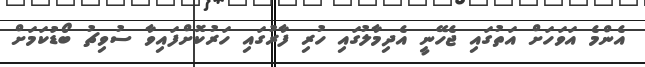
އެންމެ އަވަހަށް އަތުގައި ޖެހޭނީ އެދިމާލުގައި ހުރި ފާރުގައި ހަރުކޮށްފައިވާ ސުވިޗު ބޯޑުކަމަށް